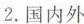
2.国内外